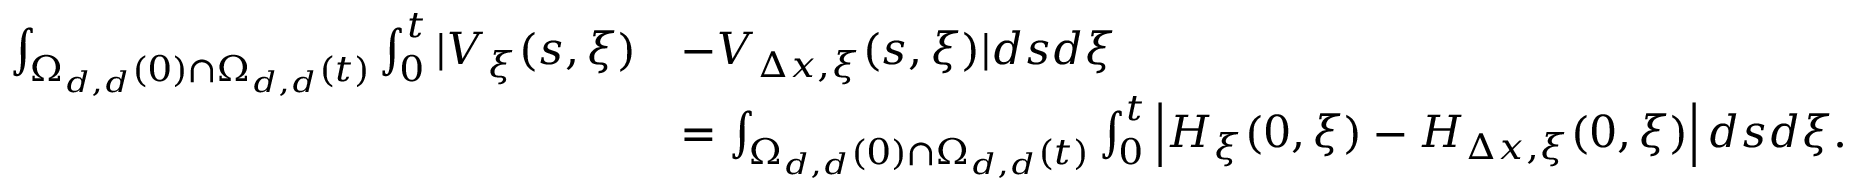
\begin{array} { r l } { \int _ { \Omega _ { d , d } ( 0 ) \cap \Omega _ { d , d } ( t ) } \int _ { 0 } ^ { t } | V _ { \xi } ( s , \xi ) } & { - V _ { \Delta x , \xi } ( s , \xi ) | d s d \xi } \\ & { = \int _ { \Omega _ { d , d } ( 0 ) \cap \Omega _ { d , d } ( t ) } \int _ { 0 } ^ { t } \left| H _ { \xi } ( 0 , \xi ) - H _ { \Delta x , \xi } ( 0 , \xi ) \right| d s d \xi . } \end{array}